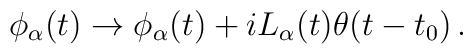
\phi_{\alpha}(t)\to\phi_{\alpha}(t)+iL_{\alpha}(t)\theta(t-t_0)\,.